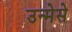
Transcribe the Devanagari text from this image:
उन्मेसे